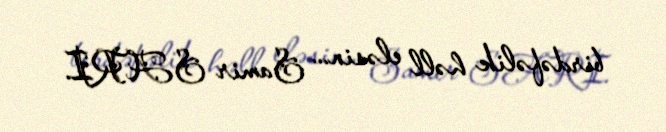
birdəfəlik həll eləsin... Samir SARI.